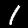
Digit: 1